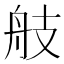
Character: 𦨟